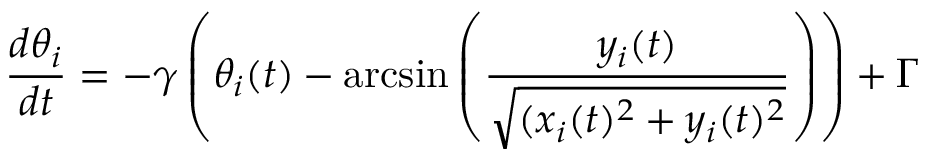
\frac { d \theta _ { i } } { d t } = - \gamma \left( \theta _ { i } ( t ) - \arcsin \left( \frac { y _ { i } ( t ) } { \sqrt { ( x _ { i } ( t ) ^ { 2 } + y _ { i } ( t ) ^ { 2 } } } \right) \right) + \Gamma